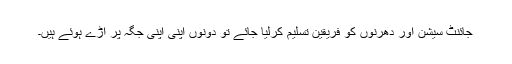
جائنٹ سیشن اور دھرنوں کو فریقین تسلیم کرلیا جائے تو دونوں اپنی اپنی جگہ پر اڑے ہوئے ہیں۔